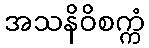
အသနိဝိစက္ကံ